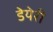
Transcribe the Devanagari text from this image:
डेयेरी